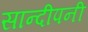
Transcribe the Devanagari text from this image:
सान्दीपनी